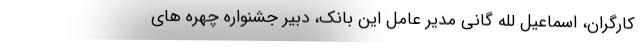
کارگران، اسماعیل لله گانی مدیر عامل این بانک، دبیر جشنواره چهره های